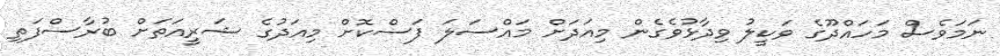
ނަމަވެސް މަހައްދޫގެ ވަކީލު ވިދާޅުވެގެން މިއަދަށް މައްސަލަ ފަސްކޮށް މިއަދުގެ ޝަރީއަތަށް ބުރާސްފަތި